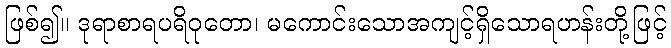
ဖြစ်၍။ ဒုရာစာရပရိဝုတော၊ မကောင်းသောအကျင့်ရှိသောရဟန်းတို့ဖြင့်